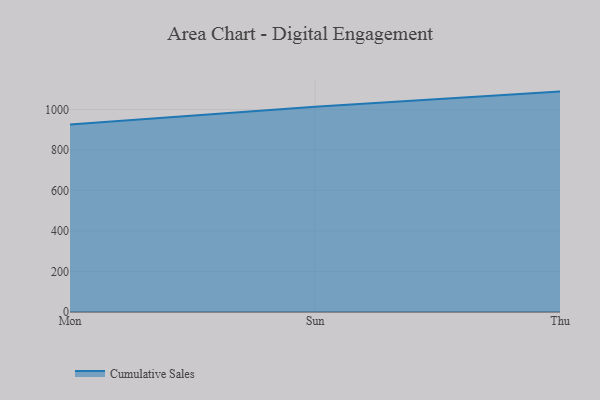
{"axis": {"x": "Day", "y": "Humidity (%)"}, "legend": ["Cumulative Sales"], "data": [{"x": "Mon", "y": 926.2, "type": "Cumulative Sales"}, {"x": "Sun", "y": 1014.4, "type": "Cumulative Sales"}, {"x": "Thu", "y": 1088.9, "type": "Cumulative Sales"}]}